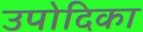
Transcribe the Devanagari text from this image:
उपोदिका